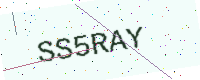
Text: SS5RAY